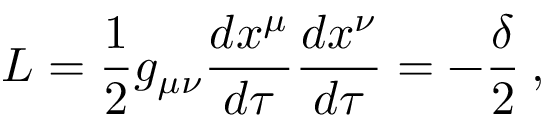
{ \cal { L } } = \frac { 1 } { 2 } g _ { \mu \nu } \frac { d x ^ { \mu } } { d \tau } \frac { d x ^ { \nu } } { d \tau } = - \frac { \delta } { 2 } \: ,